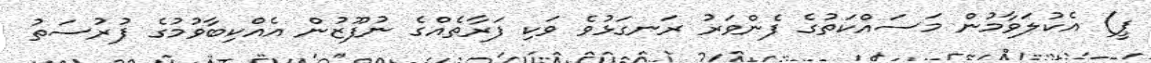
ޕީ) އެކުލަވާމުން މަސައްކަތުގެ ފެންވަރު ރަނގަޅުވެ ވަކި ފަރާތެއްގެ ނުފޫޒުން އެއްކިބާވުމުގެ ފުރުސަތު